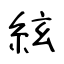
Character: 絃